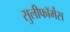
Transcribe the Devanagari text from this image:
सुलीफॉर्मेस